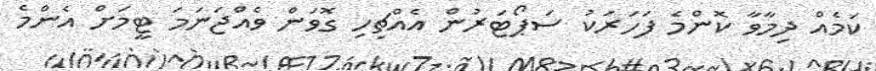
ކަމެއް ދިމާވާ ކޮންމެ ފަހަރަކު ސަޕޯޓަރުން އެއްޗިހި ގޮވަން ވެއްޖަނަމަ ޓީމަށް އެންމެ